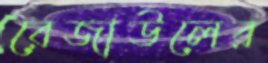
রেজাউলের